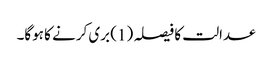
عدالت کا فیصلہ (1) بری کرنے کا ہوگا۔